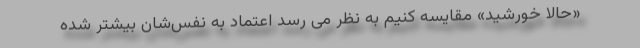
«حالا خورشید» مقایسه کنیم به نظر می رسد اعتماد به نفس‌شان بیشتر شده